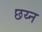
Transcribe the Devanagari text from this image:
छय्न